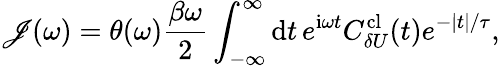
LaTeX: \mathscr{J}(\omega)=\theta(\omega)\frac{\beta\omega}{2}\int_{-\infty}^{\infty}\textrm{d}t\, e^{\textrm{i}\omega t}C_{\delta U}^{\textrm{cl}}(t)e^{-|t|/\tau},